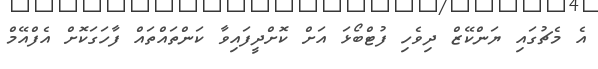
އެ މެޗުގައި ޔަންކޭޒް ދިވެހި ފުޓްބޯޅަ އަށް ކޮށްދީފައިވާ ކަންތައްތައް ފާހަގަކޮށް އެފްއޭމް